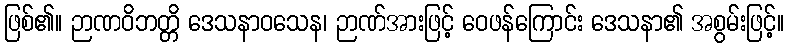
ဖြစ်၏။ ဉာဏဝိဘတ္တိ ဒေသနာဝသေန၊ ဉာဏ်အားဖြင့် ဝေဖန်ကြောင်း ဒေသနာ၏ အစွမ်းဖြင့်။